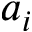
a _ { i }